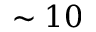
\sim 1 0